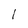
Character: l